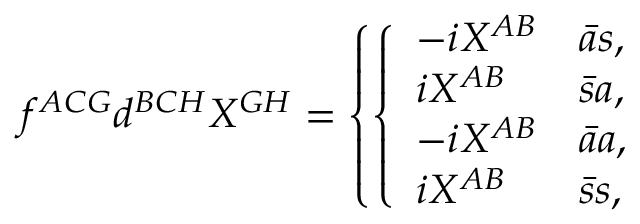
f ^ { A C G } d ^ { B C H } { \cal X } ^ { G H } = \left\{ \left\{ \begin{array} { l l } { { - i { \cal X } ^ { A B } } } & { { { \bar { a } s } , } } \\ { { i { \cal X } ^ { A B } } } & { { { \bar { s } a } , } } \\ { { - i { \cal X } ^ { A B } } } & { { { \bar { a } a } , } } \\ { { i { \cal X } ^ { A B } } } & { { { \bar { s } s } , } } \end{array} \right. \right.